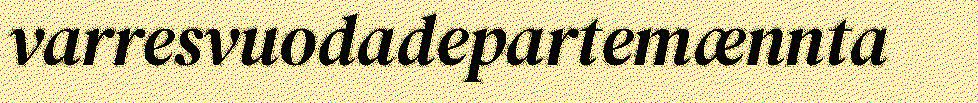
varresvuodadepartemænnta